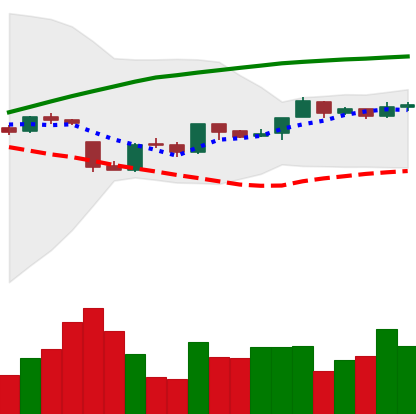
Ticker: BTC-USD
Chart end date: 2016-10-06
Forward return: 4.576%
Label: up_3_5